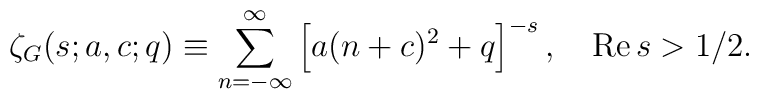
\zeta_G(s;a,c;q) \equiv \sum_{n=-\infty}^{\infty}\left[ a(n+c)^2+q\right]^{-s}, \quad \mbox{Re} \, s >1/2.